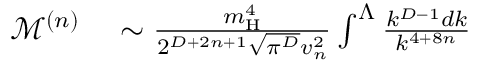
\begin{array} { r l } { \mathcal { M } ^ { ( n ) } } & { { } \sim \frac { m _ { \mathrm { H } } ^ { 4 } } { 2 ^ { D + 2 n + 1 } \sqrt { \pi ^ { D } } v _ { n } ^ { 2 } } \int ^ { \Lambda } \frac { k ^ { D - 1 } d k } { k ^ { 4 + 8 n } } } \end{array}